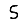
Digit: 5